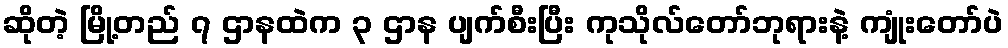
ဆိုတဲ့ မြို့တည် ၇ ဌာနထဲက ၃ ဌာန ပျက်စီးပြီး ကုသိုလ်တော်ဘုရားနဲ့ ကျုံးတော်ပဲ